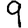
Digit: 9